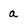
Character: a